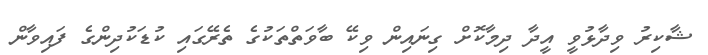
ޝާކިރު ވިދާޅުވީ އީދާ ދިމާކޮށް ގިނައިން ވިކޭ ބާވަތްތަކުގެ ތެރޭގައި ކުޑަކުދިންގެ ފައިވާން